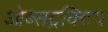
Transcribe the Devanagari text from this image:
ओब्सट्रक्टिव